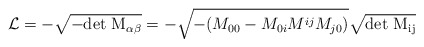
\begin{align*}{\cal L}= -\sqrt{-\rm{det}~M_{\alpha\beta}}=-\sqrt{-(M_{00}-M_{0i}M^{ij}M_{j0})}\sqrt{\rm{det}~M_{ij}}\end{align*}